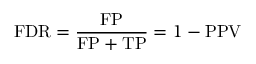
\mathrm { F D R } = { \frac { \mathrm { F P } } { \mathrm { F P } + \mathrm { T P } } } = 1 - \mathrm { P P V }